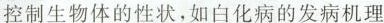
控制生物体的形状，如白化病的发病机理